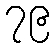
၇၉